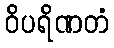
ဝိပရိဏတံ